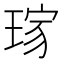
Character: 𤦓